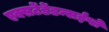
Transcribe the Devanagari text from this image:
एक्सटेंडेंडन्सईप्ले